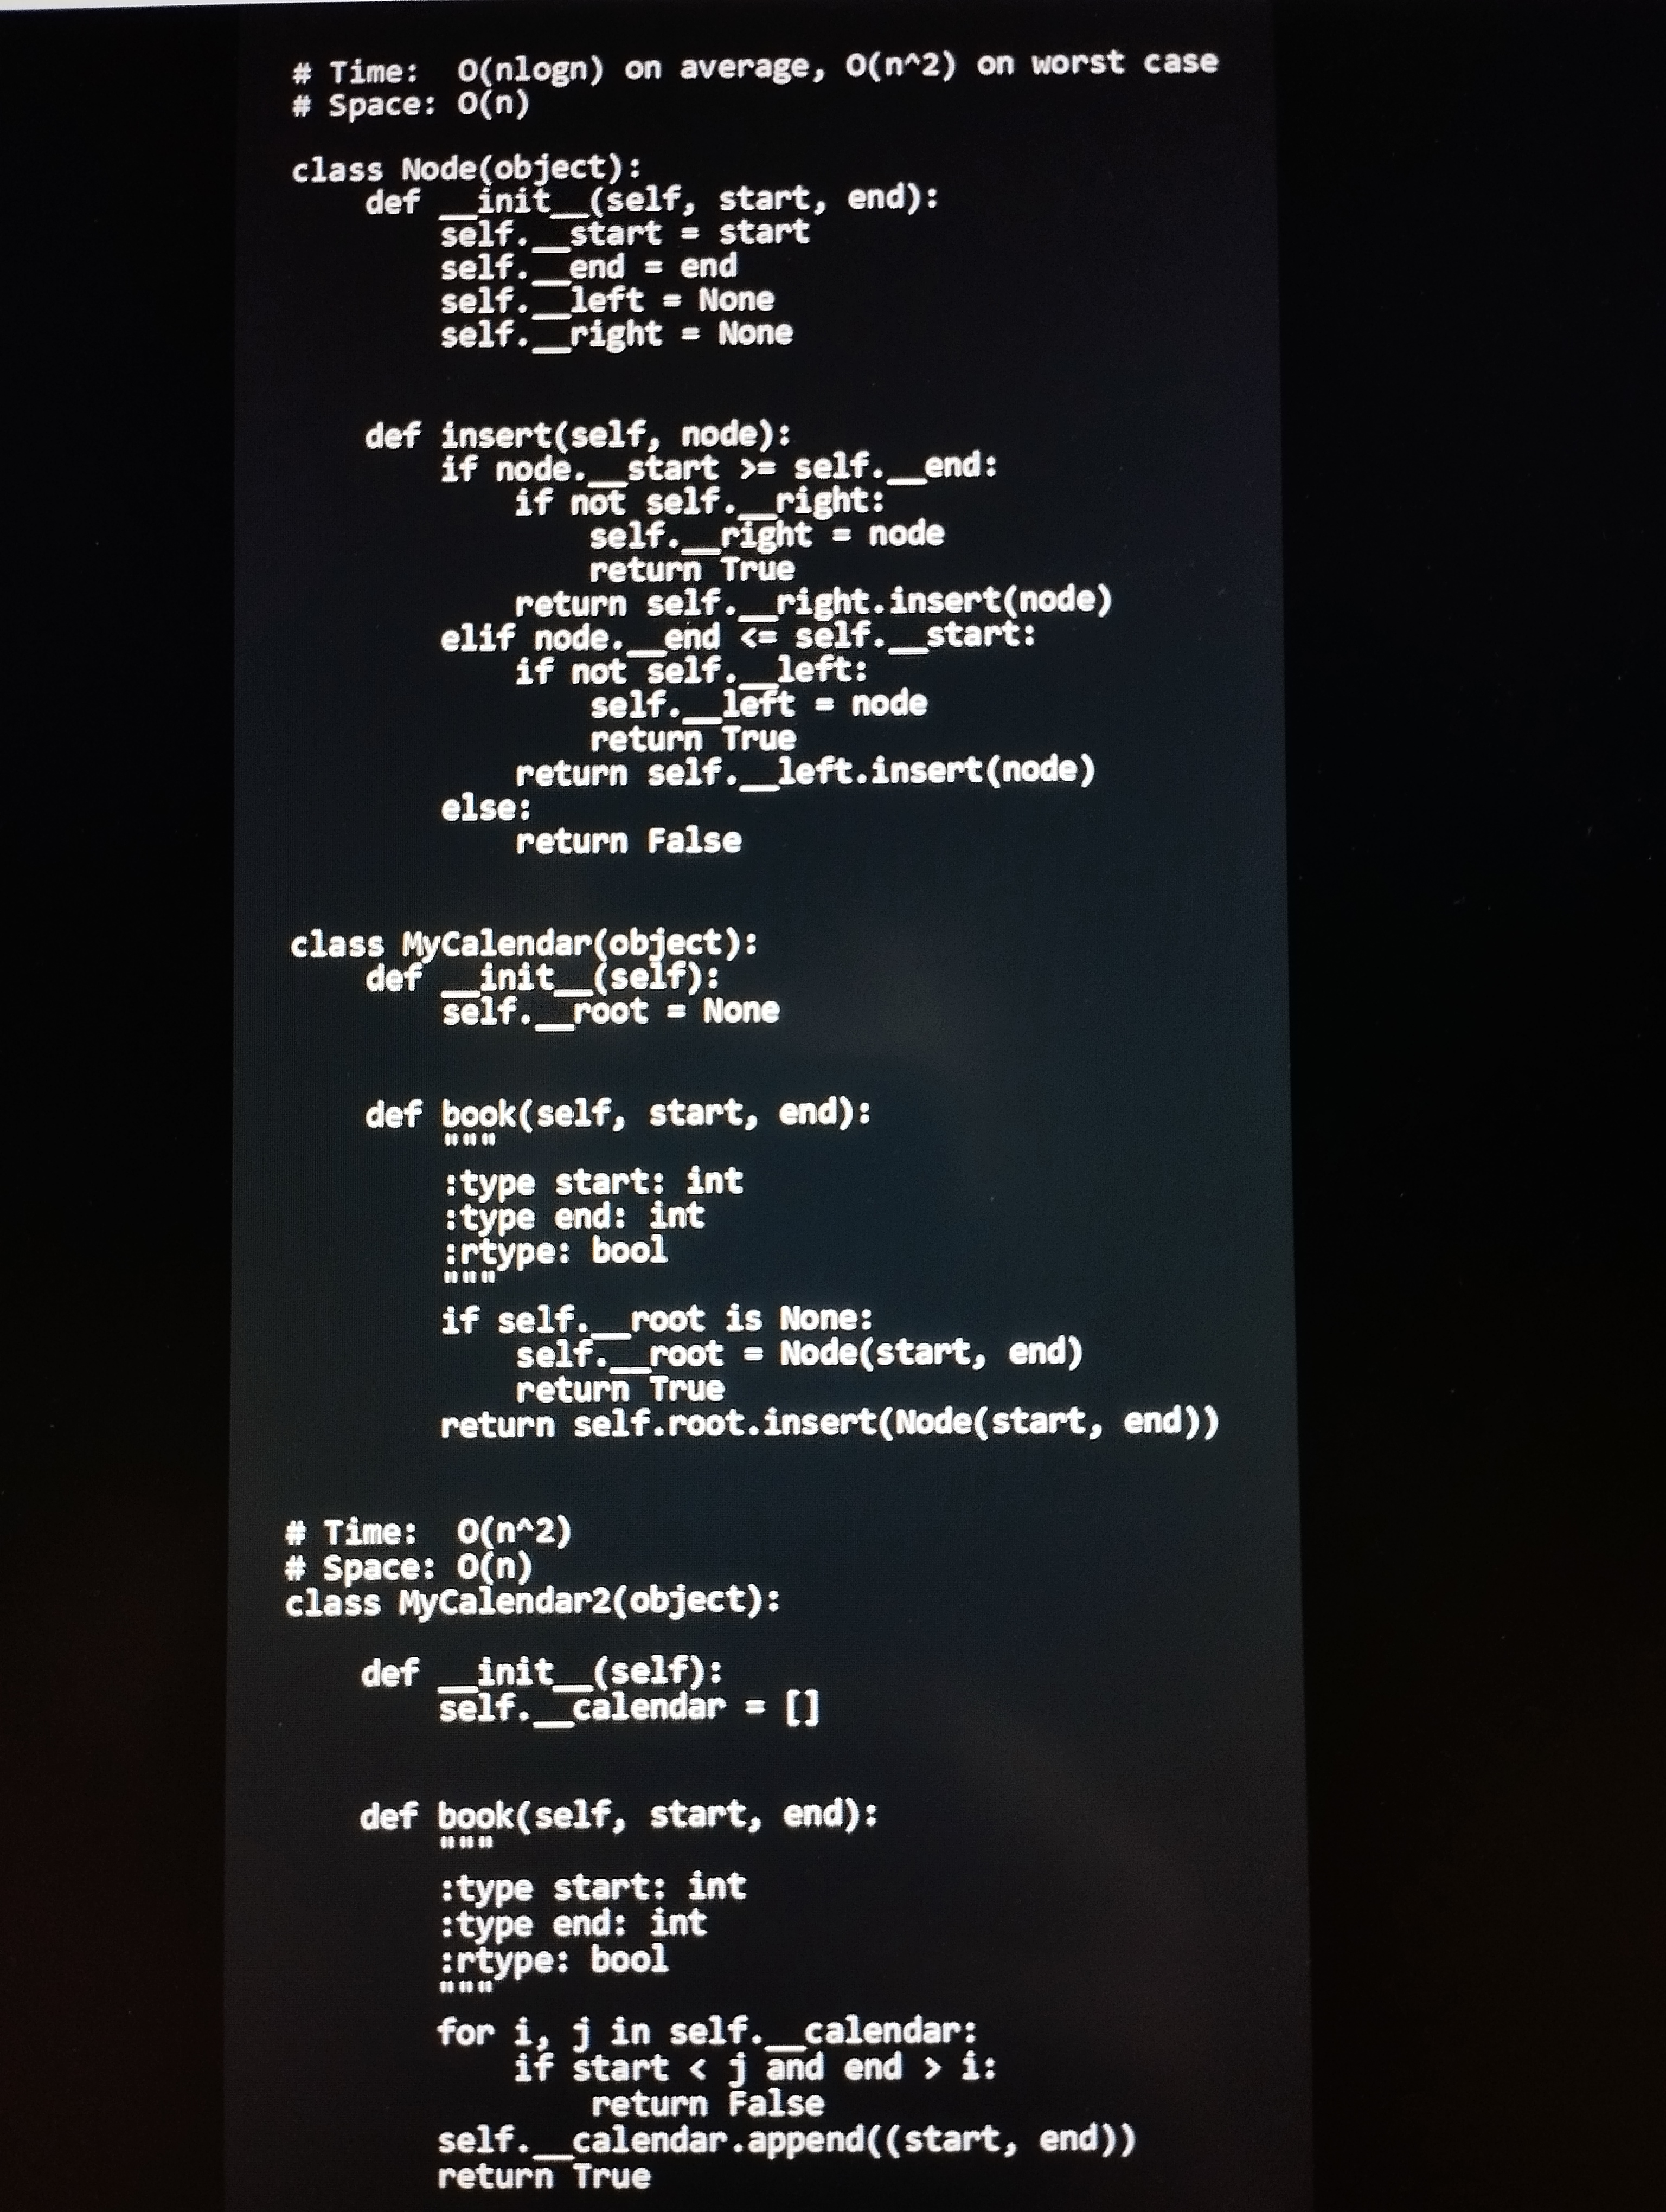
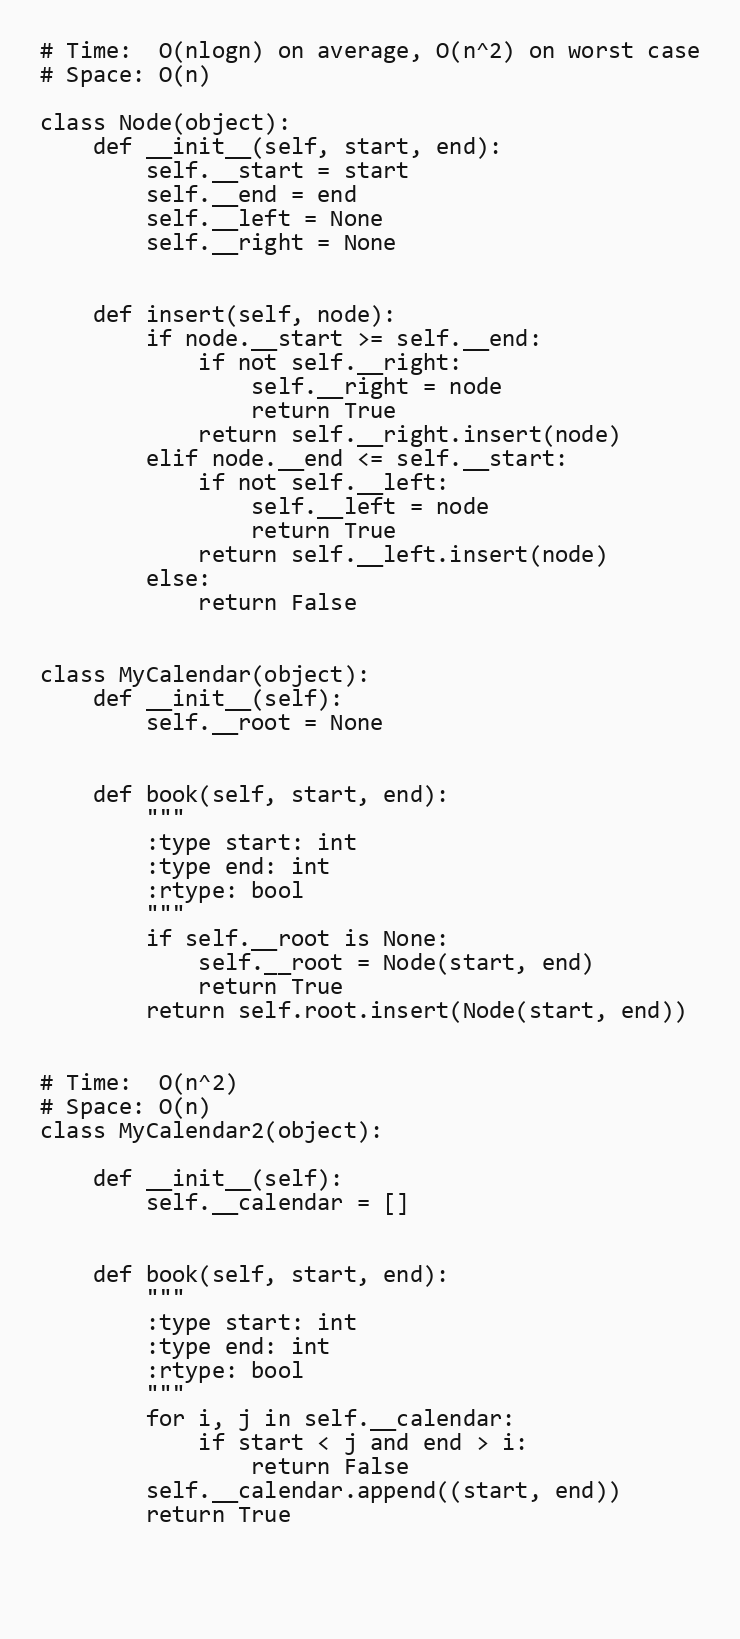
# Time:  O(nlogn) on average, O(n^2) on worst case
# Space: O(n)

class Node(object):
    def __init__(self, start, end):
        self.__start = start
        self.__end = end
        self.__left = None
        self.__right = None

    def insert(self, node):
        if node.__start >= self.__end:
            if not self.__right:
                self.__right = node
                return True
            return self.__right.insert(node)
        elif node.__end <= self.__start:
            if not self.__left:
                self.__left = node
                return True
            return self.__left.insert(node)
        else:
            return False

class MyCalendar(object):
    def __init__(self):
        self.__root = None

    def book(self, start, end):
        """
        :type start: int
        :type end: int
        :rtype: bool
        """
        if self.__root is None:
            self.__root = Node(start, end)
            return True
        return self.root.insert(Node(start, end))

# Time:  O(n^2)
# Space: O(n)
class MyCalendar2(object):

    def __init__(self):
        self.__calendar = []

    def book(self, start, end):
        """
        :type start: int
        :type end: int
        :rtype: bool
        """
        for i, j in self.__calendar:
            if start < j and end > i:
                return False
        self.__calendar.append((start, end))
        return True